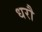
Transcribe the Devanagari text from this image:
धरौ